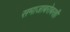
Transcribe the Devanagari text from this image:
समाजाबरोबरही